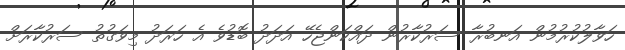
ހަވާލުކުރުމުން އަނބުރާ ސަރުކާރުން ދައްކަންޖެހޭ އަދަދު ބޮޑުވެ އެ ހަރަދު މިވަގުތު ސަރުކާރަށް